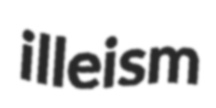
illeism